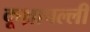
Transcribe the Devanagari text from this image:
कूथ्रापल्ली